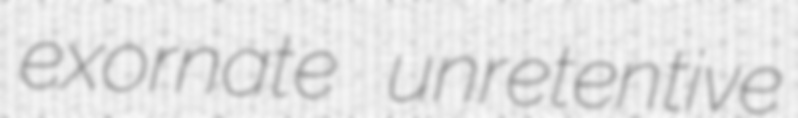
exornate unretentive